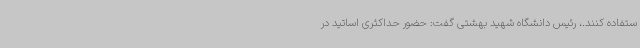
ستفاده کنند.، رئیس دانشگاه شهید بهشتی گفت: حضور حداکثری اساتید در